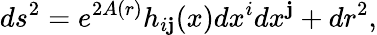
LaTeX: ds^{2}=e^{2A(r)}h_{i\mathbf{j}}(x)dx^{i}dx^{\mathbf{j}}+dr^{2},